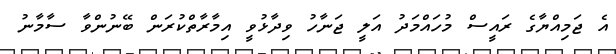
އެ ޖަމިއްޔާގެ ރައީސް މުހައްމަދު އަލީ ޖަނާހު ވިދާޅުވީ އިމާރާތްކުރަން ބޭނުންވާ ސާމާނު